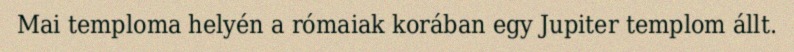
Mai temploma helyén a rómaiak korában egy Jupiter templom állt.